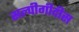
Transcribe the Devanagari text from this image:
सल्पीगीदीस